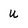
Character: U